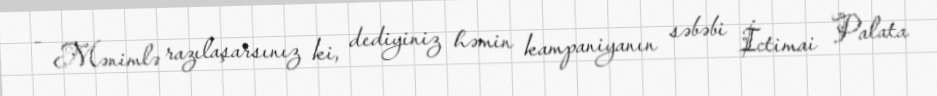
- Mənimlə razılaşarsınız ki, dediyiniz həmin kampaniyanın səbəbi İctimai Palata